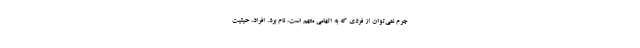
جرم نمي‌توان از فردي که به اتهامی متهم است، نام برد. افراد، حيثيت